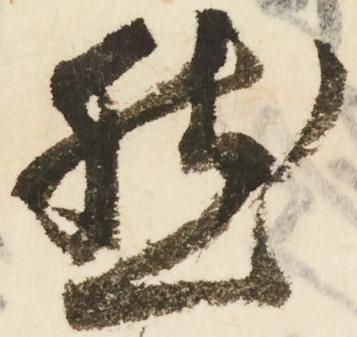
然